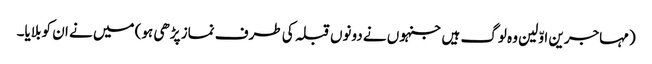
(مہاجرین اوّلین وہ لوگ ہیں جنہوں نے دونوں قبلہ کی طرف نماز پڑھی ہو) میں نے ان کو بلایا۔